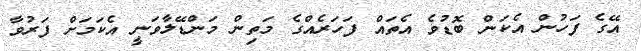
އޭގެ ފަހުން އެކަން ބޮޑުވެ އެތައް ފަހަރެއްގެ މަތިން މަންޑޭލާވަނީ އެކަމަށް ފަރުވާ